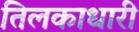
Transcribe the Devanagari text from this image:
तिलकाधारी